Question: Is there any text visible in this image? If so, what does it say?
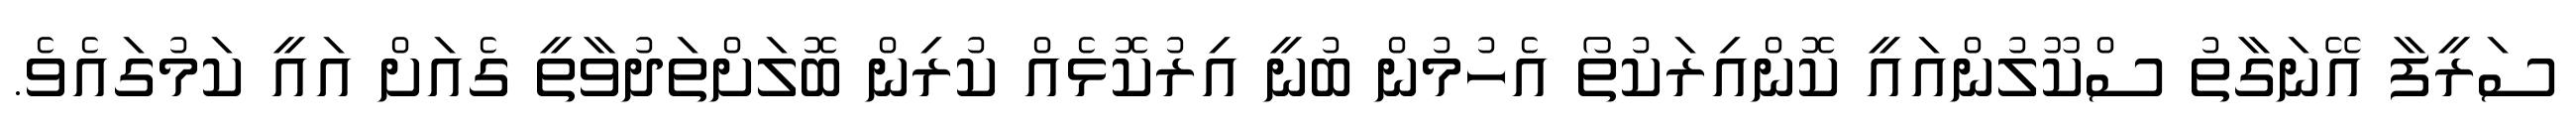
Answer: ސަރީފާ އޭނަގާތު ސްކޫލުންއައީ ކޮންއިރަކުތޯ އެހުމުން ބުނީ އިރުކޮޅެއް ކުރިން ބޮލަށްތަދުވާތީ ގެއަށް އައީ ކަމުގައެވެ.